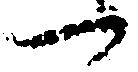
一